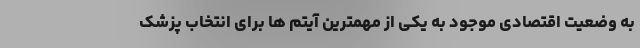
به وضعیت اقتصادی موجود به یکی از مهمترین آیتم ها برای انتخاب پزشک